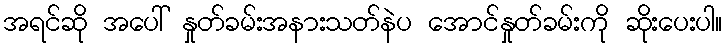
အရင်ဆို အပေါ် နှုတ်ခမ်းအနားသတ်နဲပ အောင်နှုတ်ခမ်းကို ဆိုးပေးပါ။